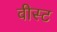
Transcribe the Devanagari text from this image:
वीस्ट